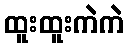
ထူးထူးကဲကဲ